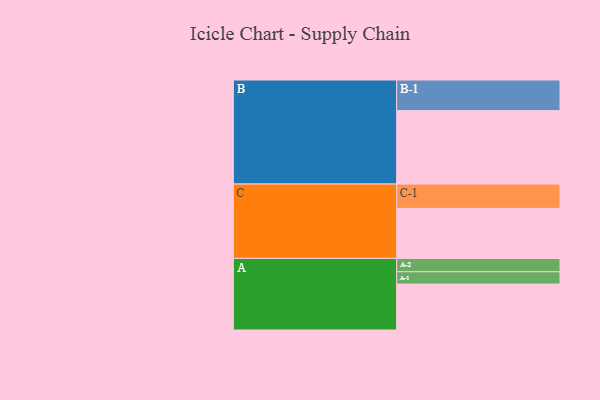
{"axis": {"x": "Segment", "y": "Value"}, "legend": ["", "A", "B", "C"], "data": [{"x": "A", "y": 351, "type": ""}, {"x": "B", "y": 561, "type": ""}, {"x": "C", "y": 382, "type": ""}, {"x": "A-1", "y": 94, "type": "A"}, {"x": "A-2", "y": 102, "type": "A"}, {"x": "B-1", "y": 234, "type": "B"}, {"x": "C-1", "y": 186, "type": "C"}]}